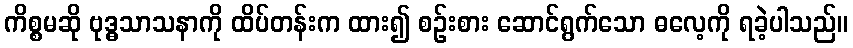
ကိစ္စမဆို ဗုဒ္ဓသာသနာကို ထိပ်တန်းက ထား၍ စဉ်းစား ဆောင်ရွက်သော ဓလေ့ကို ရခဲ့ပါသည်။